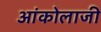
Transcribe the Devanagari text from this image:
आंकोलाजी